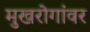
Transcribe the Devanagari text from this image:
मुखरोगांवर